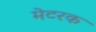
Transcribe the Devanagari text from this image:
मेटरक